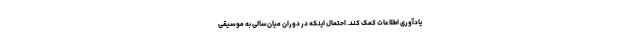
یادآوری اطلاعات کمک کند. احتمال اینکه در دوران میان‌سالی به موسیقی